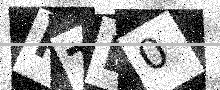
Text: PTD0